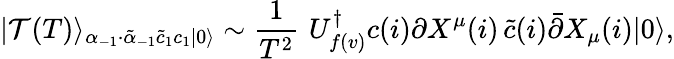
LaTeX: |\mathcal{T}(T)\rangle_{\alpha_{-1}\cdot\tilde{\alpha}_{-1}\tilde{c}_{1}c_{1}|0\rangle}\sim\frac{1}{T^{2}}\, \, U_{f(v)}^{\dagger}c(i)\partial X^{\mu}(i)\, \tilde{c}(i)\bar{\partial}X_{\mu}(i)|0\rangle,